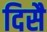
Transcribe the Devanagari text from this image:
दिसै